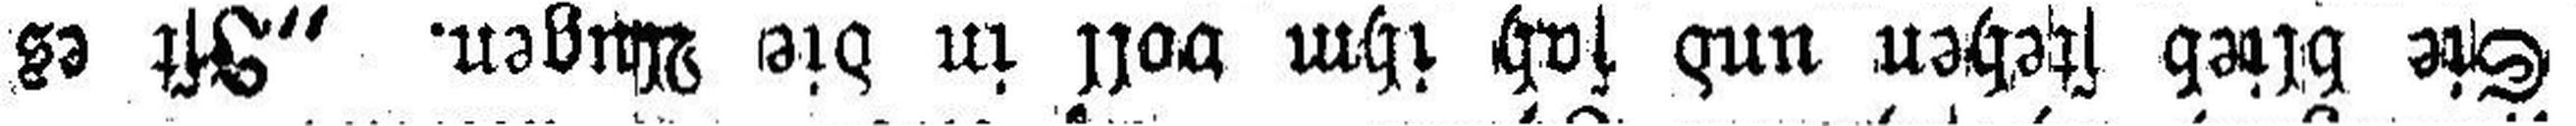
Sie blieb stehen und sah ihm voll in die Augen. „Ist es